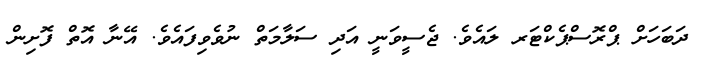
ދަބަހަށް ޕްރޮސްޕެކްޓަރ ލައެވެ. ޖެސީވަނީ އަދި ސަލާމަތް ނުވެވިފައެވެ. އޭނާ އޮތް ފޮށިން